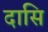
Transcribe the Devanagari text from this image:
दासि